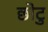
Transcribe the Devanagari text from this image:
छोटु